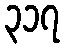
၃၁၇